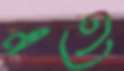
এতে